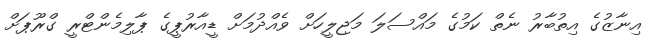
އިނާޒުގެ އިތުބާރު ނެތް ކަމުގެ މައްސަލަ މަޖިލީހަށް ވެއްދުމަށް ޑީއާރުޕީގެ ޕާލިމެންޓްރީ ގްރޫޕަށް